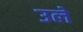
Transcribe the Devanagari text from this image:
उले